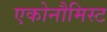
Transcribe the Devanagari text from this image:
एकोनौमिस्ट